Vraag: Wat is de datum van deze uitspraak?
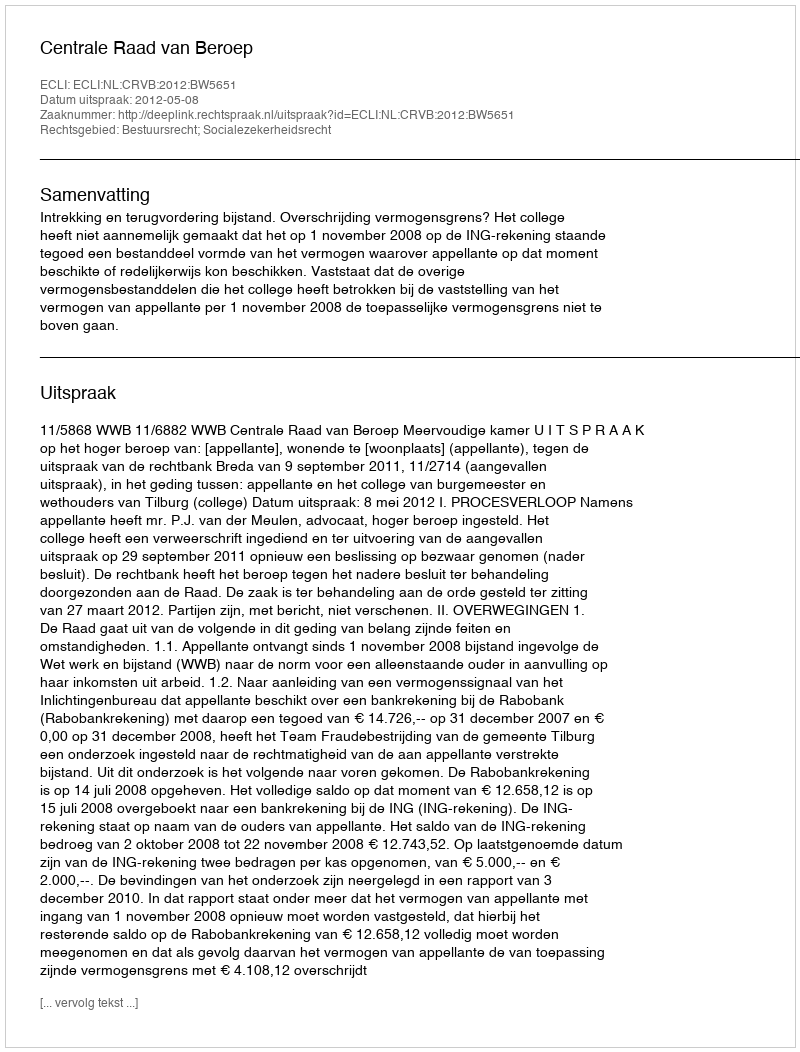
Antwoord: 2012-05-08